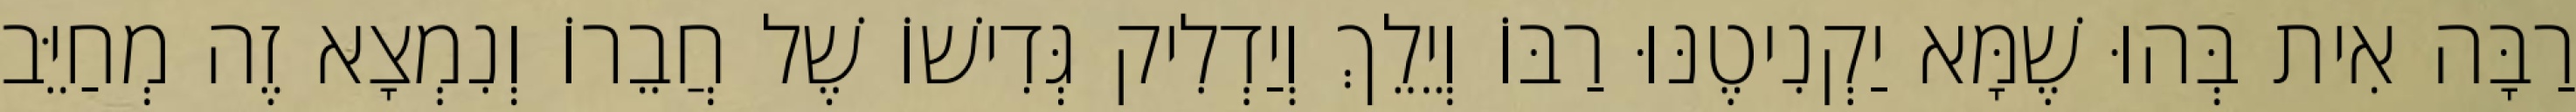
רַבָּה אִית בְּהוּ שֶׁמָּא יַקְנִיטֶנּוּ רַבּוֹ וְיֵלֵךְ וְיַדְלִיק גְּדִישׁוֹ שֶׁל חֲבֵרוֹ וְנִמְצָא זֶה מְחַיֵּב